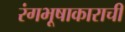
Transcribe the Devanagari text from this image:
रंगभूषाकाराची